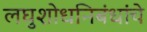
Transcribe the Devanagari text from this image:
लघुशोधनिबंधांचे